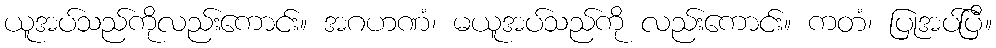
ယူအပ်သည်ကိုလည်းကောင်း။ အဂဟဏံ၊ မယူအပ်သည်ကို လည်းကောင်း။ ကတံ၊ ပြုအပ်ပြီ။